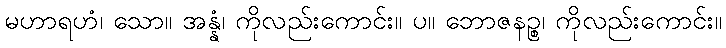
မဟာရဟံ၊ သော။ အန္နံ၊ ကိုလည်းကောင်း။ ပ။ ဘောဇနဉ္စ၊ ကိုလည်းကောင်း။